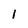
Character: 1